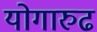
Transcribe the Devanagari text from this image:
योगारुढ